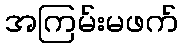
အကြမ်းမဖက်